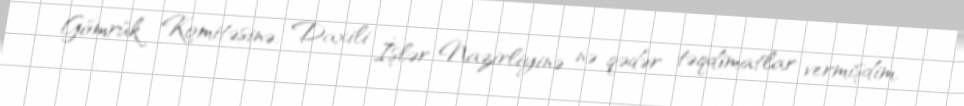
Gömrük Komitəsinə, Daxili İşlər Nazirliyinə nə qədər təqdimatlar vermişdim,